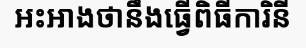
អះអាងថានឹងធ្វើពិធីការិនី